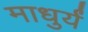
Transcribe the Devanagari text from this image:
माधुर्यं